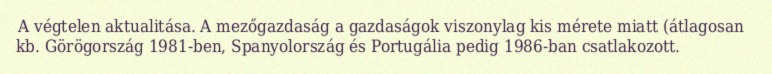
A végtelen aktualitása. A mezőgazdaság a gazdaságok viszonylag kis mérete miatt (átlagosan kb. Görögország 1981-ben, Spanyolország és Portugália pedig 1986-ban csatlakozott.